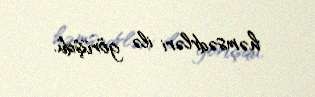
həmsədrləri ilə görüşdü.